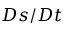
D s / D t